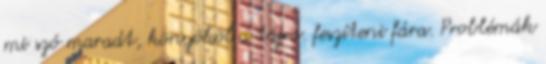
mi szó maradt, könyököl a tájra. feszíteni fára. Problémák